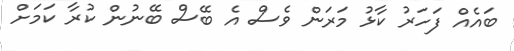
ބައެއް ފަހަރު ކާޅު މަރަން ވެސް އެ ބޭސް ބޭނުން ކުރާ ކަމަށް